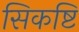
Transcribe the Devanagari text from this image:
सिकष्टि